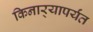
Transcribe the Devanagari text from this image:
किनार्‍यापर्यंत